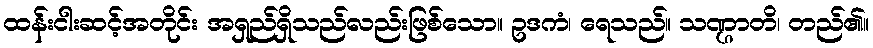
ထန်းငါးဆင့်အတိုင်း အရှည်ရှိသည်လည်းဖြစ်သော။ ဥဒကံ၊ ရေသည်။ သဏ္ဌာတိ၊ တည်၏။